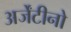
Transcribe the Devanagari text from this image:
अर्जेंटीनो